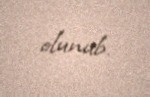
olunub.